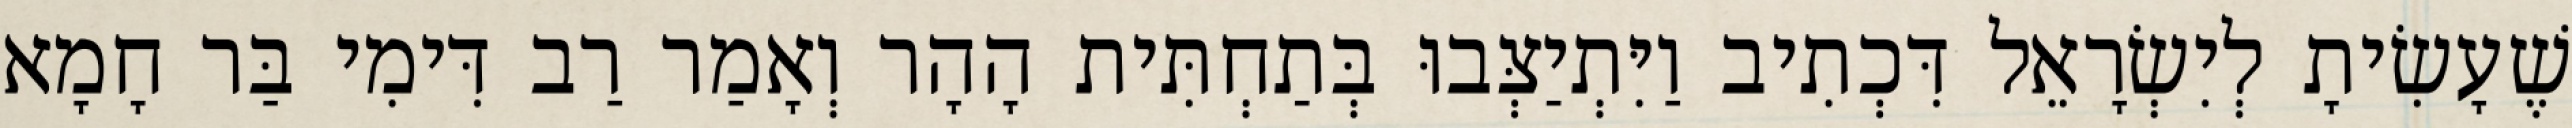
שֶׁעָשִׂיתָ לְיִשְׂרָאֵל דִּכְתִיב וַיִּתְיַצְּבוּ בְּתַחְתִּית הָהָר וְאָמַר רַב דִּימִי בַּר חָמָא